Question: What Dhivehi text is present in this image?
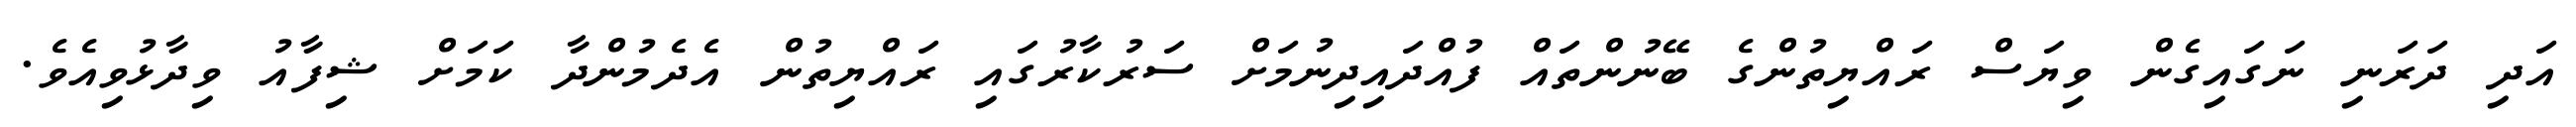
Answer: އަދި ދަރަނި ނަގައިގެން ވިޔަސް ރައްޔިތުންގެ ބޭނުންތައް ފުއްދައިދިނުމަށް ސަރުކާރުގައި ރައްޔިތުން އެދެމުންދާ ކަމަށް ޝިފާއު ވިދާޅުވިއެވެ.